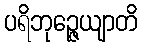
ပရိဘုဉ္ဇေယျာတိ